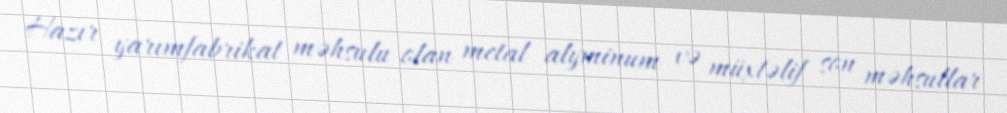
Hazır yarımfabrikat məhsulu olan metal alyminum və müxtəlif son məhsullar